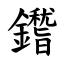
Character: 鑙